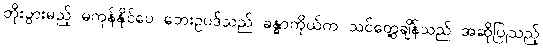
တိုးပွားမည့် မကုန်နိုင်ပေ ဘေးဥပဒ်သည် ခန္ဓာကိုယ်က သင်တွေ့ချိန်သည် အဆိုပြုသည့်